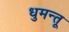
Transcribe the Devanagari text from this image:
धुमन्तू